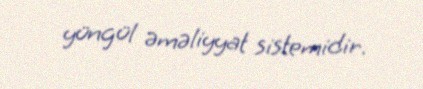
yüngül əməliyyat sistemidir.